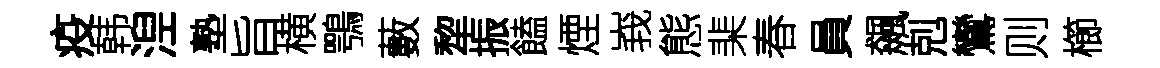
疫韩湼塾旨横鶚藪犂振饁煙峩態棐春員飆剋鸞则櫛